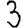
Digit: 3